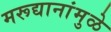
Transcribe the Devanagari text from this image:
मरूद्यानांमुळे